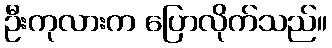
ဦးကုလားက ပြောလိုက်သည်။